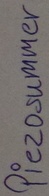
Text: Piezosummer